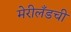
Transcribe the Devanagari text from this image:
मेरीलँडची